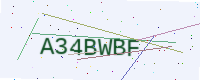
Text: A34BWBF